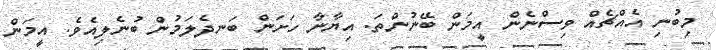
މިބުނި އެއްޗެއް ވިސްނެން އީމަން ބޭނުންތަ. އިޔާނާ ހަށަން ބަނދެލަމުން ބުނެލިއެވެ. އީމަން